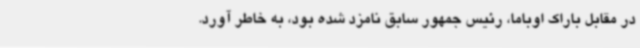
در مقابل باراک اوباما، رئیس جمهور سابق نامزد شده بود، به خاطر آورد.